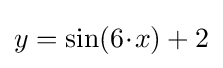
y=\sin(6\!\cdot \!x)+2